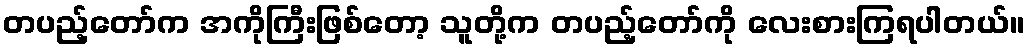
တပည့်တော်က အကိုကြီးဖြစ်တော့ သူတို့က တပည့်တော်ကို လေးစားကြရပါတယ်။